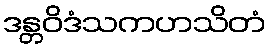
ဒန္တဝိဒံသကဟသိတံ